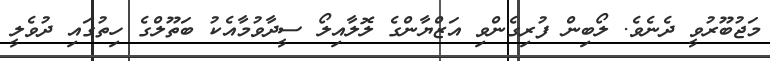
މަޖުބޫރުވީ ދެނެވެ. ލޯބިން ފުރިގެންވި އަޒްޔާންގެ ލޮލާއިލޯ ސީދާވުމާއެކު ބަތޫލްގެ ހިތުގައި ދުވެލީ